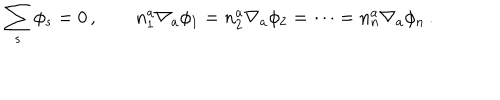
LaTeX: \sum _ { s } \phi _ { s } = 0 \, , \qquad n _ { 1 } ^ { a } \nabla _ { a } \phi _ { 1 } = n _ { 2 } ^ { a } \nabla _ { a } \phi _ { 2 } = \cdots = n _ { n } ^ { a } \nabla _ { a } \phi _ { n } \, .